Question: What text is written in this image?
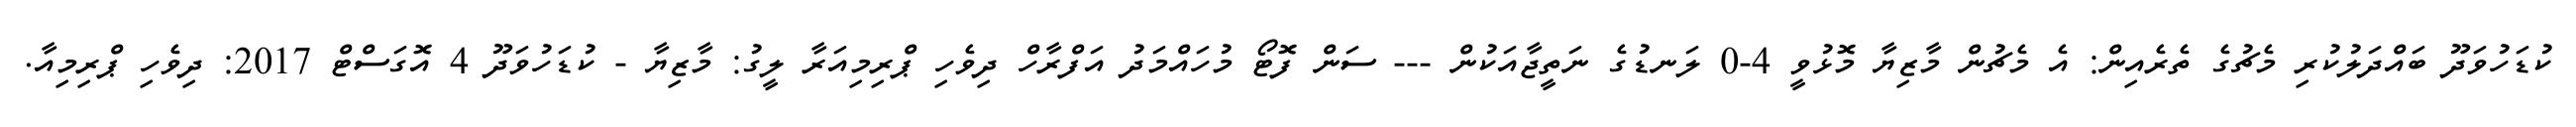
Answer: ކުޑަހުވަދޫ ބައްދަލުކުރި މެޗުގެ ތެރެއިން: އެ މެޗުން މާޒިޔާ މޮޅުވީ 4-0 ލަނޑުގެ ނަތީޖާއަކުން --- ސަން ފޮޓޯ މުހައްމަދު އަފްރާހް ދިވެހި ޕްރިމިއަރާ ލީގު: މާޒިޔާ - ކުޑަހުވަދޫ 4 އޮގަސްޓް 2017: ދިވެހި ޕްރިމިއާ.